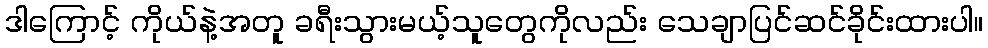
ဒါကြောင့် ကိုယ်နဲ့အတူ ခရီးသွားမယ့်သူတွေကိုလည်း သေချာပြင်ဆင်ခိုင်းထားပါ။